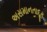
અસમાનતાદૂર